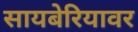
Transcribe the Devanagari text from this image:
सायबेरियावर